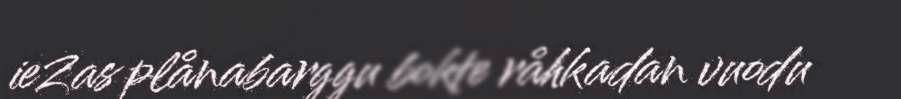
ieZas plånabarggu bokte råhkadan vuodu